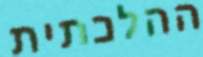
ההלכתית